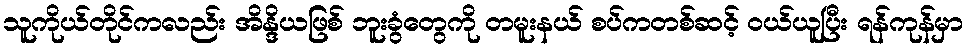
သူကိုယ်တိုင်ကလည်း အိန္ဒိယဖြစ် ဘူးခွံတွေကို တမူးနယ် စပ်ကတစ်ဆင့် ဝယ်ယူပြီး ရန်ကုန်မှာ